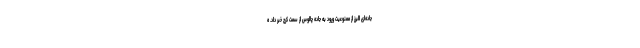
جاده‌ای البرز از ممنوعیت ورود به جاده چالوس از سمت کرج خبر داد. ه